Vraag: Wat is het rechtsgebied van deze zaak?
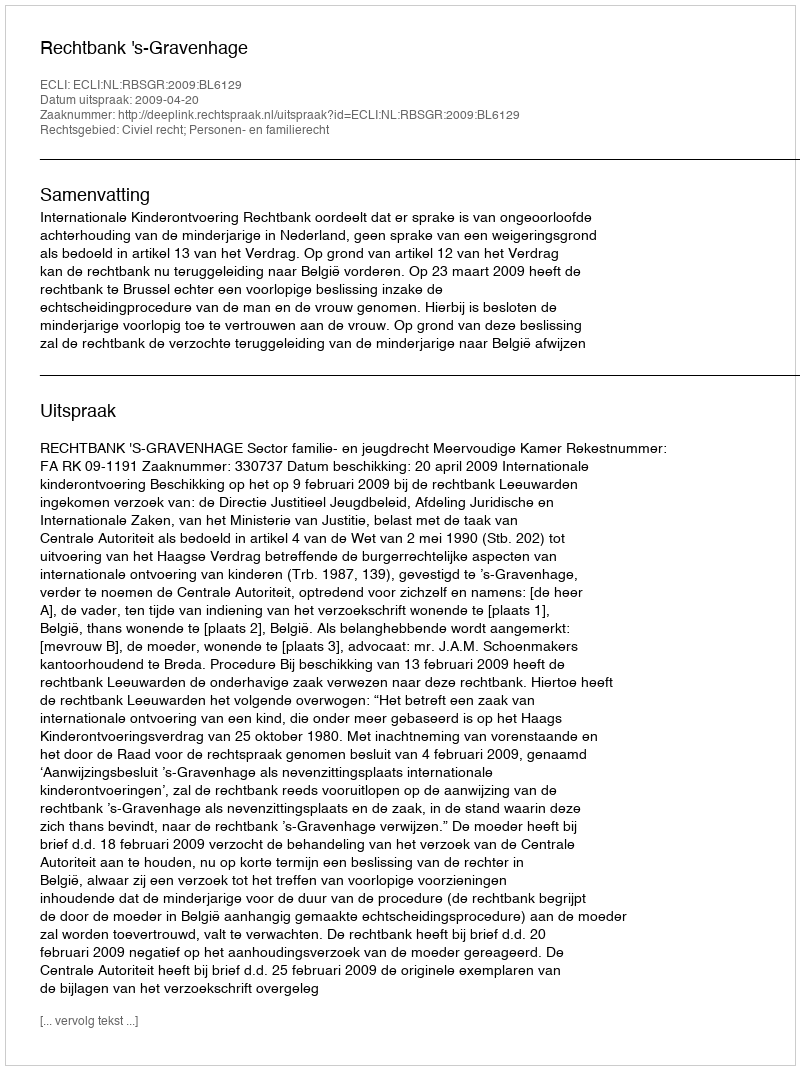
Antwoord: Civiel recht; Personen- en familierecht